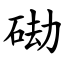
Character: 䂶